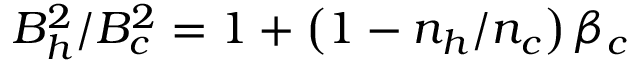
B _ { h } ^ { 2 } / B _ { c } ^ { 2 } = 1 + \left( 1 - n _ { h } / n _ { c } \right) \beta _ { c }